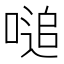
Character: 㗓